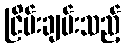
ငြိမ်းချမ်းသည့်